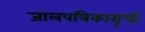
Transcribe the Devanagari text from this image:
जालपत्रिकासूची